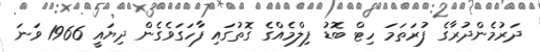
ދަރުމެންދުރާގެ ފުރަތަމަ ހިޓް ބޮޑު ފިލްމެއްގެ ގޮތުގައި ފާހަގަވެގެން ދިޔައީ 1966 ވަނަ